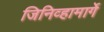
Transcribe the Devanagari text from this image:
जिनिव्हामार्गे